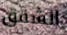
الشقق